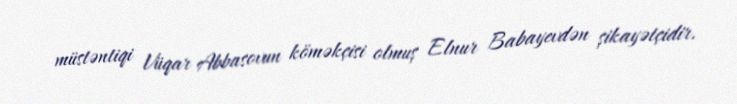
müstəntiqi Vüqar Abbasovun köməkçisi olmuş Elnur Babayevdən şikayətçidir.